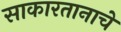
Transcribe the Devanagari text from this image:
साकारतानाचे